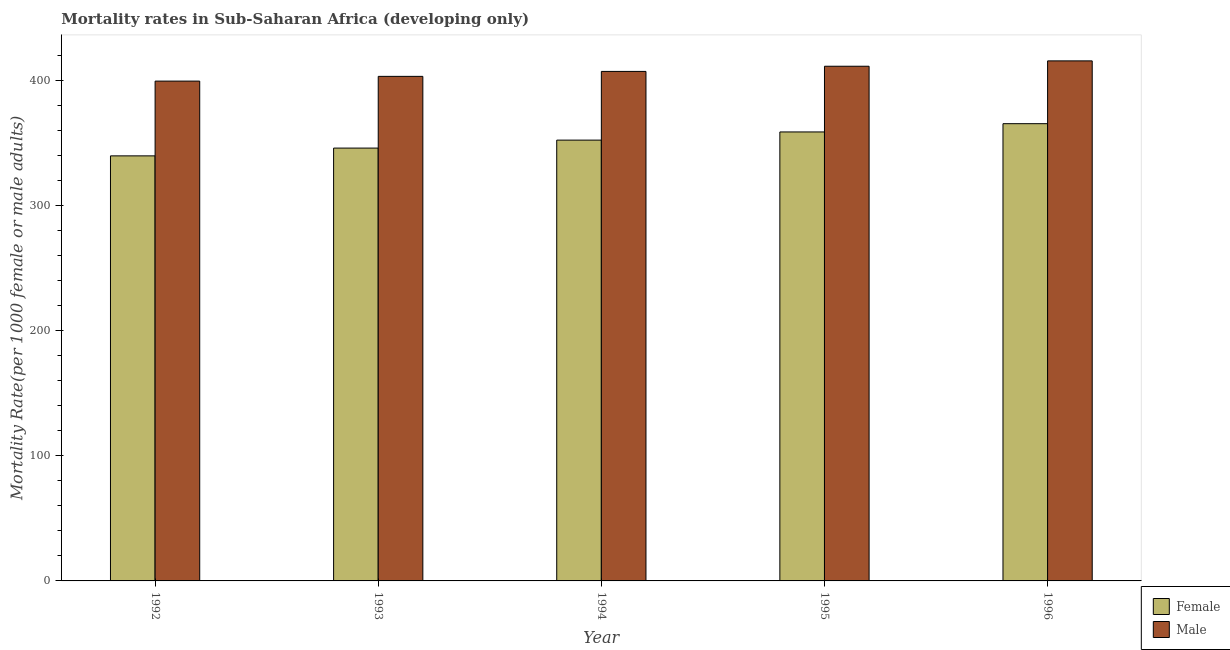
| Year | Female | Male |
 | --- | --- | --- |
 | 1992 | 340 | 399 |
 | 1993 | 346 | 403 |
 | 1994 | 352 | 407 |
 | 1995 | 359 | 411 |
 | 1996 | 365 | 416 |